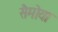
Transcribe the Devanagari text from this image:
सैमोया